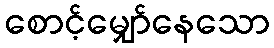
စောင့်မျှော်နေသော